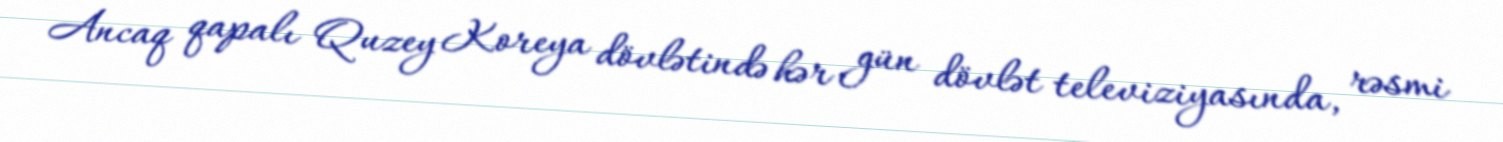
Ancaq qapalı Quzey Koreya dövlətində hər gün dövlət televiziyasında, rəsmi